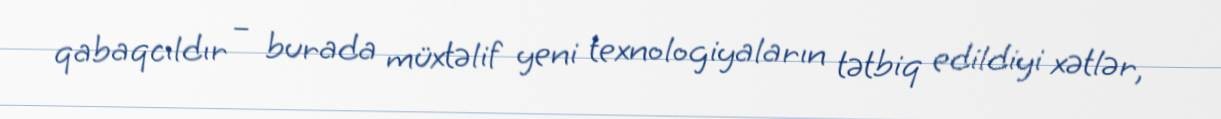
qabaqcıldır – burada müxtəlif yeni texnologiyaların tətbiq edildiyi xətlər,